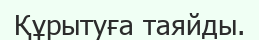
Құрытуға таяйды.